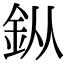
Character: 𨥎